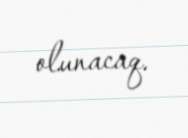
olunacaq.